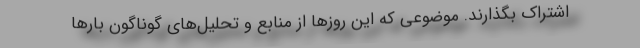
اشتراک بگذارند. موضوعی که این روزها از منابع و تحلیل‌های گوناگون بارها